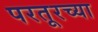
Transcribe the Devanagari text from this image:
परतूरच्या